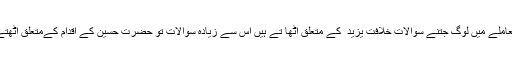
اس معاملے میں لوگ جتنے سوالات خلافتِ یزید ؒ کے متعلق اُٹھا تے ہیں اس سے زیادہ سوالات تو حضرت حسینؓ کے اقدام کےمتعلق اُٹھتے ہیں۔